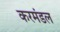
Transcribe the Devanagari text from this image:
करमंडल